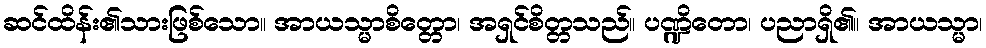
ဆင်ထိန်း၏သားဖြစ်သော။ အာယသ္မာစိတ္တော၊ အရှင်စိတ္တသည်။ ပဏ္ဍိတော၊ ပညာရှိ၏။ အာယသ္မာ၊